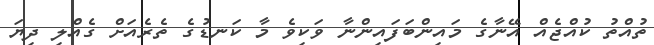
ތުއްތު ކުއްޖެއް އޭނާގެ މައިންބަފައިންނާ ވަކިވެ މާ ކަނޑުގެ ތެރެއަށް ގެއްލި ދިޔަ